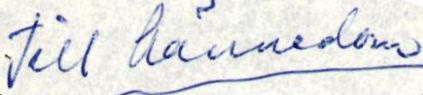
till hännedom